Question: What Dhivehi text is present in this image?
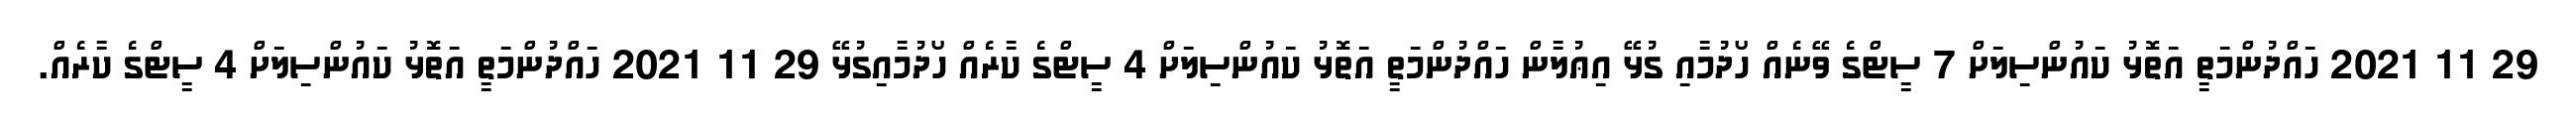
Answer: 29 11 2021 ހައްދުންމަތީ އަތޮޅު ކައުންސިލަށް 7 ސީޓްގެ ވޭނެއް ހޯދުމާއި ގުޅޭ އިޢުލާން ހައްދުންމަތީ އަތޮޅު ކައުންސިލަށް 4 ސީޓްގެ ކާރެއް ހޯދުމާއިގުޅޭ 29 11 2021 ހައްދުންމަތީ އަތޮޅު ކައުންސިލަށް 4 ސީޓްގެ ކާރެއް.